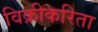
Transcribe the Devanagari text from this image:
विक्रीकरिता